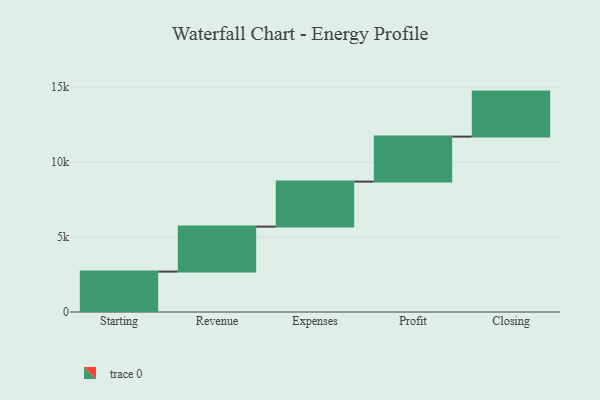
{"axis": {"x": "Step", "y": "Value"}, "legend": [""], "data": [{"x": "Starting", "y": 2693.0, "type": ""}, {"x": "Revenue", "y": 3000, "type": ""}, {"x": "Expenses", "y": 3000, "type": ""}, {"x": "Profit", "y": 3000, "type": ""}, {"x": "Closing", "y": 3000, "type": ""}]}